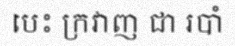
បេះ ក្រវាញ ជា របាំ